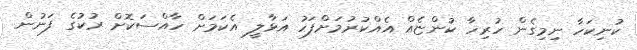
ކުނިކަހާ ނިމިގެން ހުރިހާ ކުންޏެއް އެއްކުރުމަށްފަހު އަޅާލީ އެކަމަށް ހާއްސަކޮށް ރުކުގެ ފަނުން